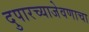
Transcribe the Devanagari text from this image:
दुपारच्याजेवणाचा